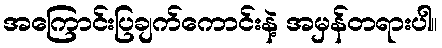
အကြောင်းပြချက်ကောင်းနဲ့ အမှန်တရားပါ။